Mental hospitals Bombay report 1921-28 - 1921-1928
Year: 1921
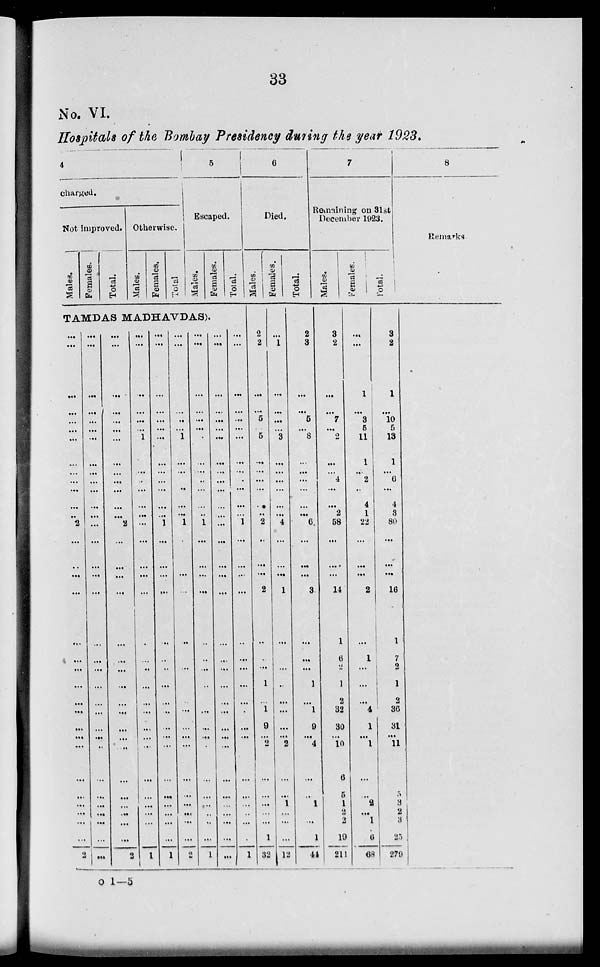
33
No. VI.
Hospitals of the Bombay Presidency during the year 1923.
4
charged.
Not improved.
Males.
Females.
Total.
Otherwise.
Males.
Females.
Total
5
Escaped.
Males.
Females.
Total.
TAMDAS MADHAVDAS).
...
...
...
...
...
...
...
...
...
...
...
...
2
...
...
...
...
...
...
...
...
...
...
...
...
...
...
...
...
...
...
...
2
...
...
...
...
...
...
...
...
...
...
...
...
...
...
...
...
...
...
...
...
...
...
...
...
...
...
...
...
...
...
...
...
...
...
...
...
...
...
...
...
...
...
...
...
...
...
...
2
...
...
...
...
...
...
...
...
...
...
...
...
...
...
...
...
...
...
...
2
...
...
...
...
...
...
1
...
...
...
...
...
...
...
...
...
...
...
...
...
...
...
...
...
...
...
...
...
...
...
...
...
1
...
...
...
...
...
...
...
...
...
...
...
...
...
1
...
...
...
...
...
...
...
...
...
...
...
...
...
...
...
...
...
...
...
1
...
...
...
..
...
1
...
...
...
...
...
...
1
...
...
...
...
...
...
...
...
...
...
...
...
...
...
...
...
...
...
...
2
...
...
...
...
...
...
...
...
...
...
...
..
1
...
...
...
...
...
...
...
...
...
...
...
...
...
...
...
...
...
...
...
1
...
...
...
...
...
...
...
...
...
...
...
...
...
...
...
...
...
...
...
...
...
...
...
...
...
...
...
...
...
...
...
...
...
...
...
...
...
...
...
...
...
...
...
...
...
...
1
...
...
...
...
...
...
...
...
...
...
...
...
...
...
...
...
...
...
...
1
6
Died.
Males.
2
2
...
...
5
5
...
...
...
...
.
..
2
..
...
...
2
...
...
...
1
1
9
...
2
...
...
...
...
...
1
32
Females.
...
1
...
...
...
...
3
...
...
...
...
...
4
...
...
...
1
...
...
...
...
...
...
...
...
2
...
...
1
...
...
...
12
Total.
2
3
...
...
5
...
8
...
...
...
...
...
...
6
...
...
...
...
...
...
...
1
...
1
9
...
4
...
...
1
...
...
1
44
7
Remaining on 31st
December 1923.
Males.
3
2
...
...
7
...
2
...
...
4
...
...
2
58
...
...
...
14
1
6
2
1
2
32
30
...
10
6
5
1
2
2
19
211
Females.
...
...
1
...
3
5
11
1
...
2
...
4
1
22
...
...
...
2
...
1
...
...
...
4
1
...
1
...
...
2
...
1
6
68
Total.
3
2
1
...
10
5
13
1
...
6
...
4
3
80
...
...
...
16
1
7
2
1
2
36
31
...
11
...
5
3
2
3
25
279
8
Remarks
o 1—5